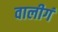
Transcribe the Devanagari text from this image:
वालीगं